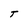
Character: T